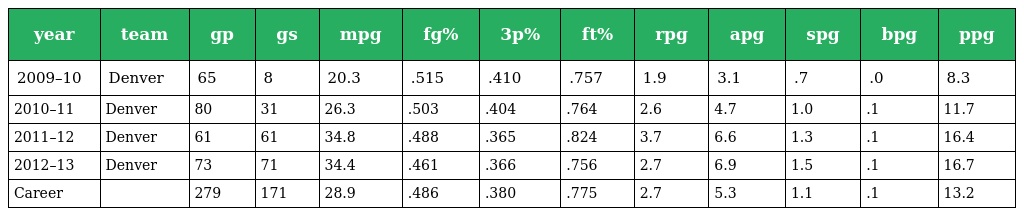
| year | team | gp | gs | mpg | fg% | 3p% | ft% | rpg | apg | spg | bpg | ppg |
 | --- | --- | --- | --- | --- | --- | --- | --- | --- | --- | --- | --- | --- |
 | 2009–10 | Denver | 65 | 8 | 20.3 | .515 | .410 | .757 | 1.9 | 3.1 | .7 | .0 | 8.3 |
 | 2010–11 | Denver | 80 | 31 | 26.3 | .503 | .404 | .764 | 2.6 | 4.7 | 1.0 | .1 | 11.7 |
 | 2011–12 | Denver | 61 | 61 | 34.8 | .488 | .365 | .824 | 3.7 | 6.6 | 1.3 | .1 | 16.4 |
 | 2012–13 | Denver | 73 | 71 | 34.4 | .461 | .366 | .756 | 2.7 | 6.9 | 1.5 | .1 | 16.7 |
 | Career |  | 279 | 171 | 28.9 | .486 | .380 | .775 | 2.7 | 5.3 | 1.1 | .1 | 13.2 |